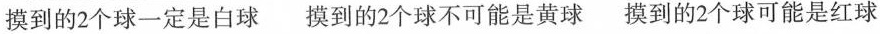
摸到的2个球一定是白球 摸到的2个球不可能是黄球 摸到的2个球可能是红球